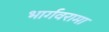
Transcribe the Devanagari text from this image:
भार्गवरामा